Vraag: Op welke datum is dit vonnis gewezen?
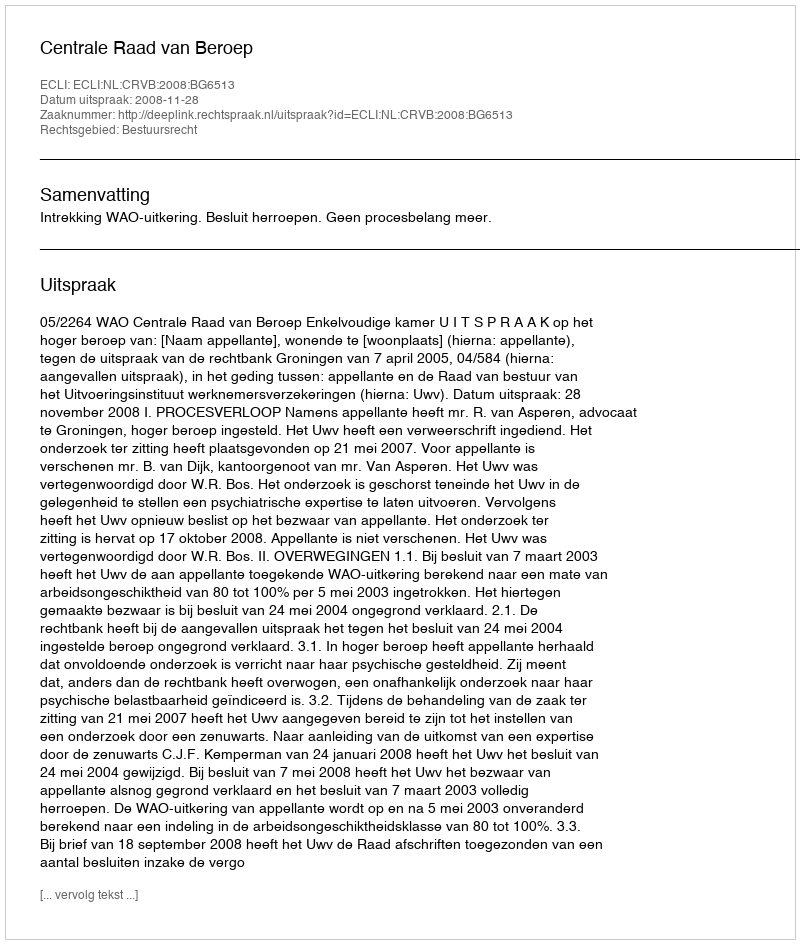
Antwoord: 2008-11-28